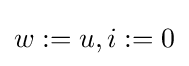
w:=u,i:=0